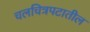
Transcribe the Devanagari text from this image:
चलचित्रपटातील